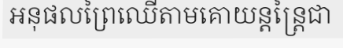
អនុផលព្រៃឈើតាមគោយន្តន្ត្រៃជា